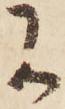
に